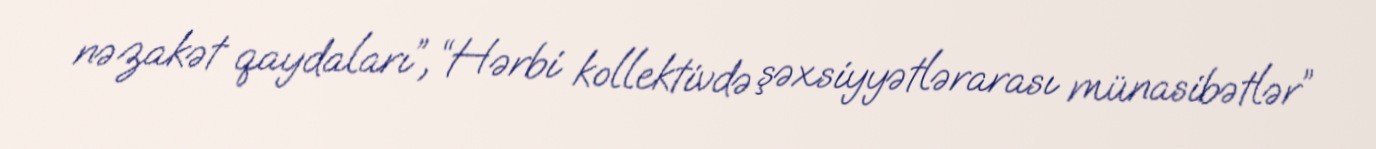
nəzakət qaydaları”, “Hərbi kollektivdə şəxsiyyətlərarası münasibətlər”